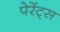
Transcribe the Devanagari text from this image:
पेरेंट्स